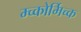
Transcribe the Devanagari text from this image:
म्च्कोर्मिच्क